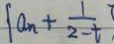
\{ a _ { n } + \frac { 1 } { 2 - t } \}